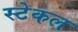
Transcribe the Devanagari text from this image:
स्टेकल